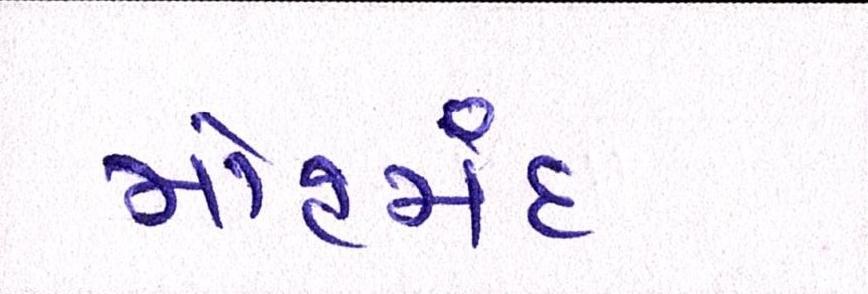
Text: મોહમંદ